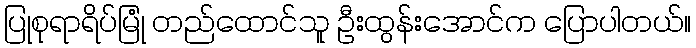
ပြုစုရာရိပ်မြုံ တည်ထောင်သူ ဦးထွန်းအောင်က ပြောပါတယ်။